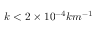
k < 2 \times 1 0 ^ { - 4 } k m ^ { - 1 }